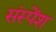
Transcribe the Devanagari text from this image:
संस्‍पेंश